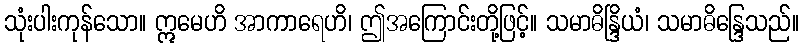
သုံးပါးကုန်သော။ ဣမေဟိ အာကာရေဟိ၊ ဤအကြောင်းတို့ဖြင့်။ သမာဓိန္ဒြိယံ၊ သမာဓိန္ဒြေသည်။